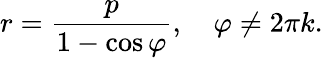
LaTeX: r={\frac{p}{1-\cos\varphi}},\quad\varphi\neq 2\pi k.